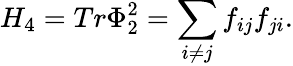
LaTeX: H_{4}=Tr\Phi_{2}^{2}=\sum_{i\neq j}f_{ij}f_{ji}.